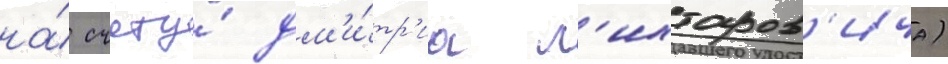
на́ счету́ дм'и́тр'иа л'ихтаров'ича)